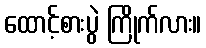
ထောင့်စားပွဲ ကြိုက်လား။